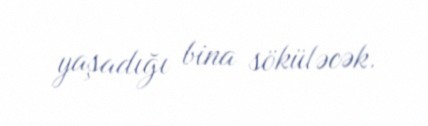
yaşadığı bina söküləcək.